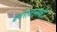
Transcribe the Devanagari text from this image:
धर्मराजासाठी